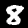
Digit: 8